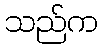
သည်က